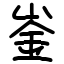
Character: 崟